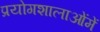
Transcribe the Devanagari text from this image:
प्रयोगशालाओंमें